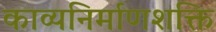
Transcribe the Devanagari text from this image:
काव्यनिर्माणशक्ति